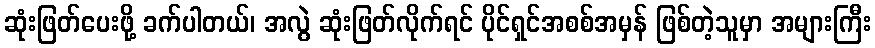
ဆုံးဖြတ်ပေးဖို့ ခက်ပါတယ်၊ အလွဲ ဆုံးဖြတ်လိုက်ရင် ပိုင်ရှင်အစစ်အမှန် ဖြစ်တဲ့သူမှာ အများကြီး